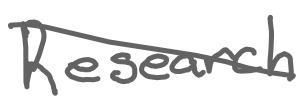
Text: Research
Cross-out: diagonal
Writing tool: digital_gray